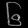
Digit: ၆